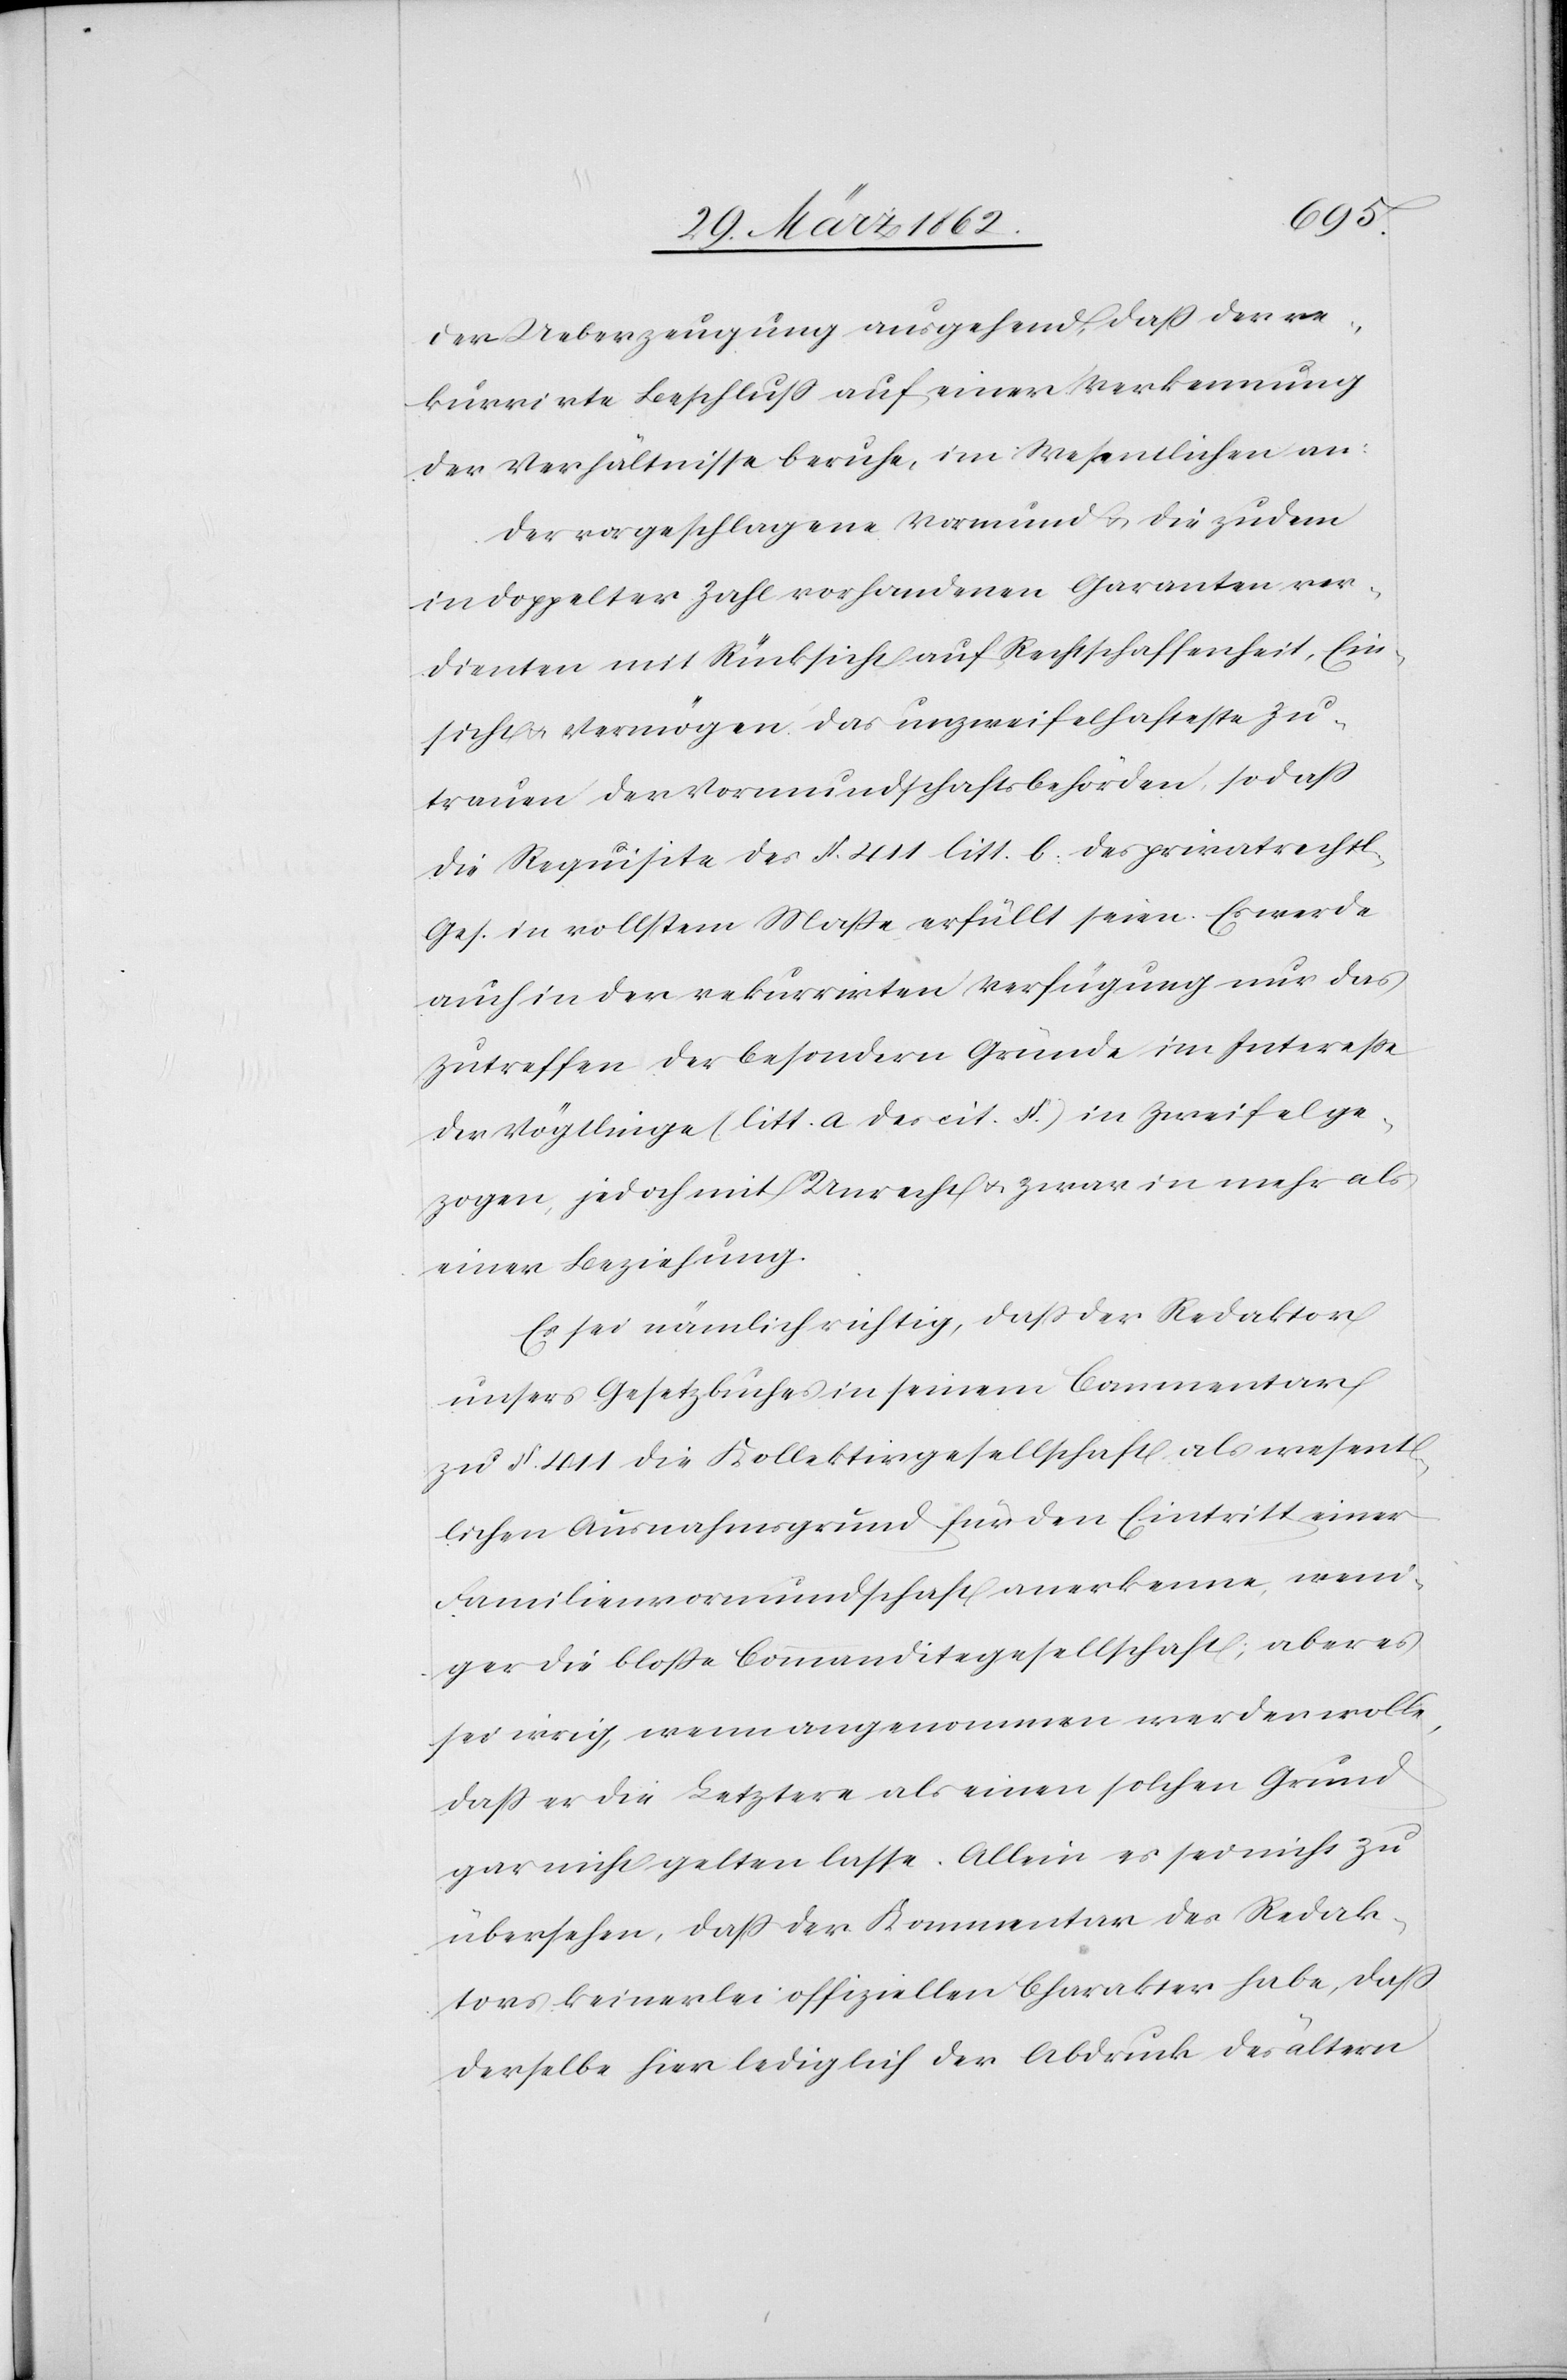
der Ueberzeugung ausgehend, daß der re¬
kurrirte Beschluß auf einer Verkennung
der Verhältnisse beruhe, im Wesentlichen an:
Der vorgeschlagene Vormund u. die zudem
in doppelter Zahl vorhandenen Garanten ver¬
dienten mit Rücksicht auf Rechtschaffenheit, Ein¬
sicht u. Vermögen das unzweifelhafte Zu¬
trauen der Vormundschaftsbehörden, sodaß
die Requisite des §. 411 litt. b. des privatrechtl.
Ges. in vollstem Maße erfüllt seien. Es werde
auch in der rekurrirten Verfügung nur das
Zutreffen der besondern Gründe im Intereße
der Vögtlinge (litt. a des cit. §.) in Zweifel ge¬
zogen, jedoch mit Unrecht u. zwar in mehr als
einer Beziehung.
Es sei nämlich richtig, daß der Redaktor
unsers Gesetzbuches in seinem Commentar
zu §. 411 die Kollektivgesellschaft als wesent¬
lichen Ausnahmsgrund für den Eintritt einer
Familienvormundschaft anerkenne, weni¬
ger die bloße Commanditegesellschaft; aber es
sei irrig, wenn angenommen werden wolle,
daß er die Letztere als einen solchen Grund
gar nicht gelten lasse. Allein es sei nicht zu
übersehen, daß der Kommentar des Redak¬
tors keinerlei offiziellen Charakter habe, daß
derselbe hier lediglich der Abdruck des ältern